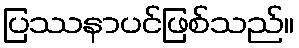
ပြဿနာပင်ဖြစ်သည်။